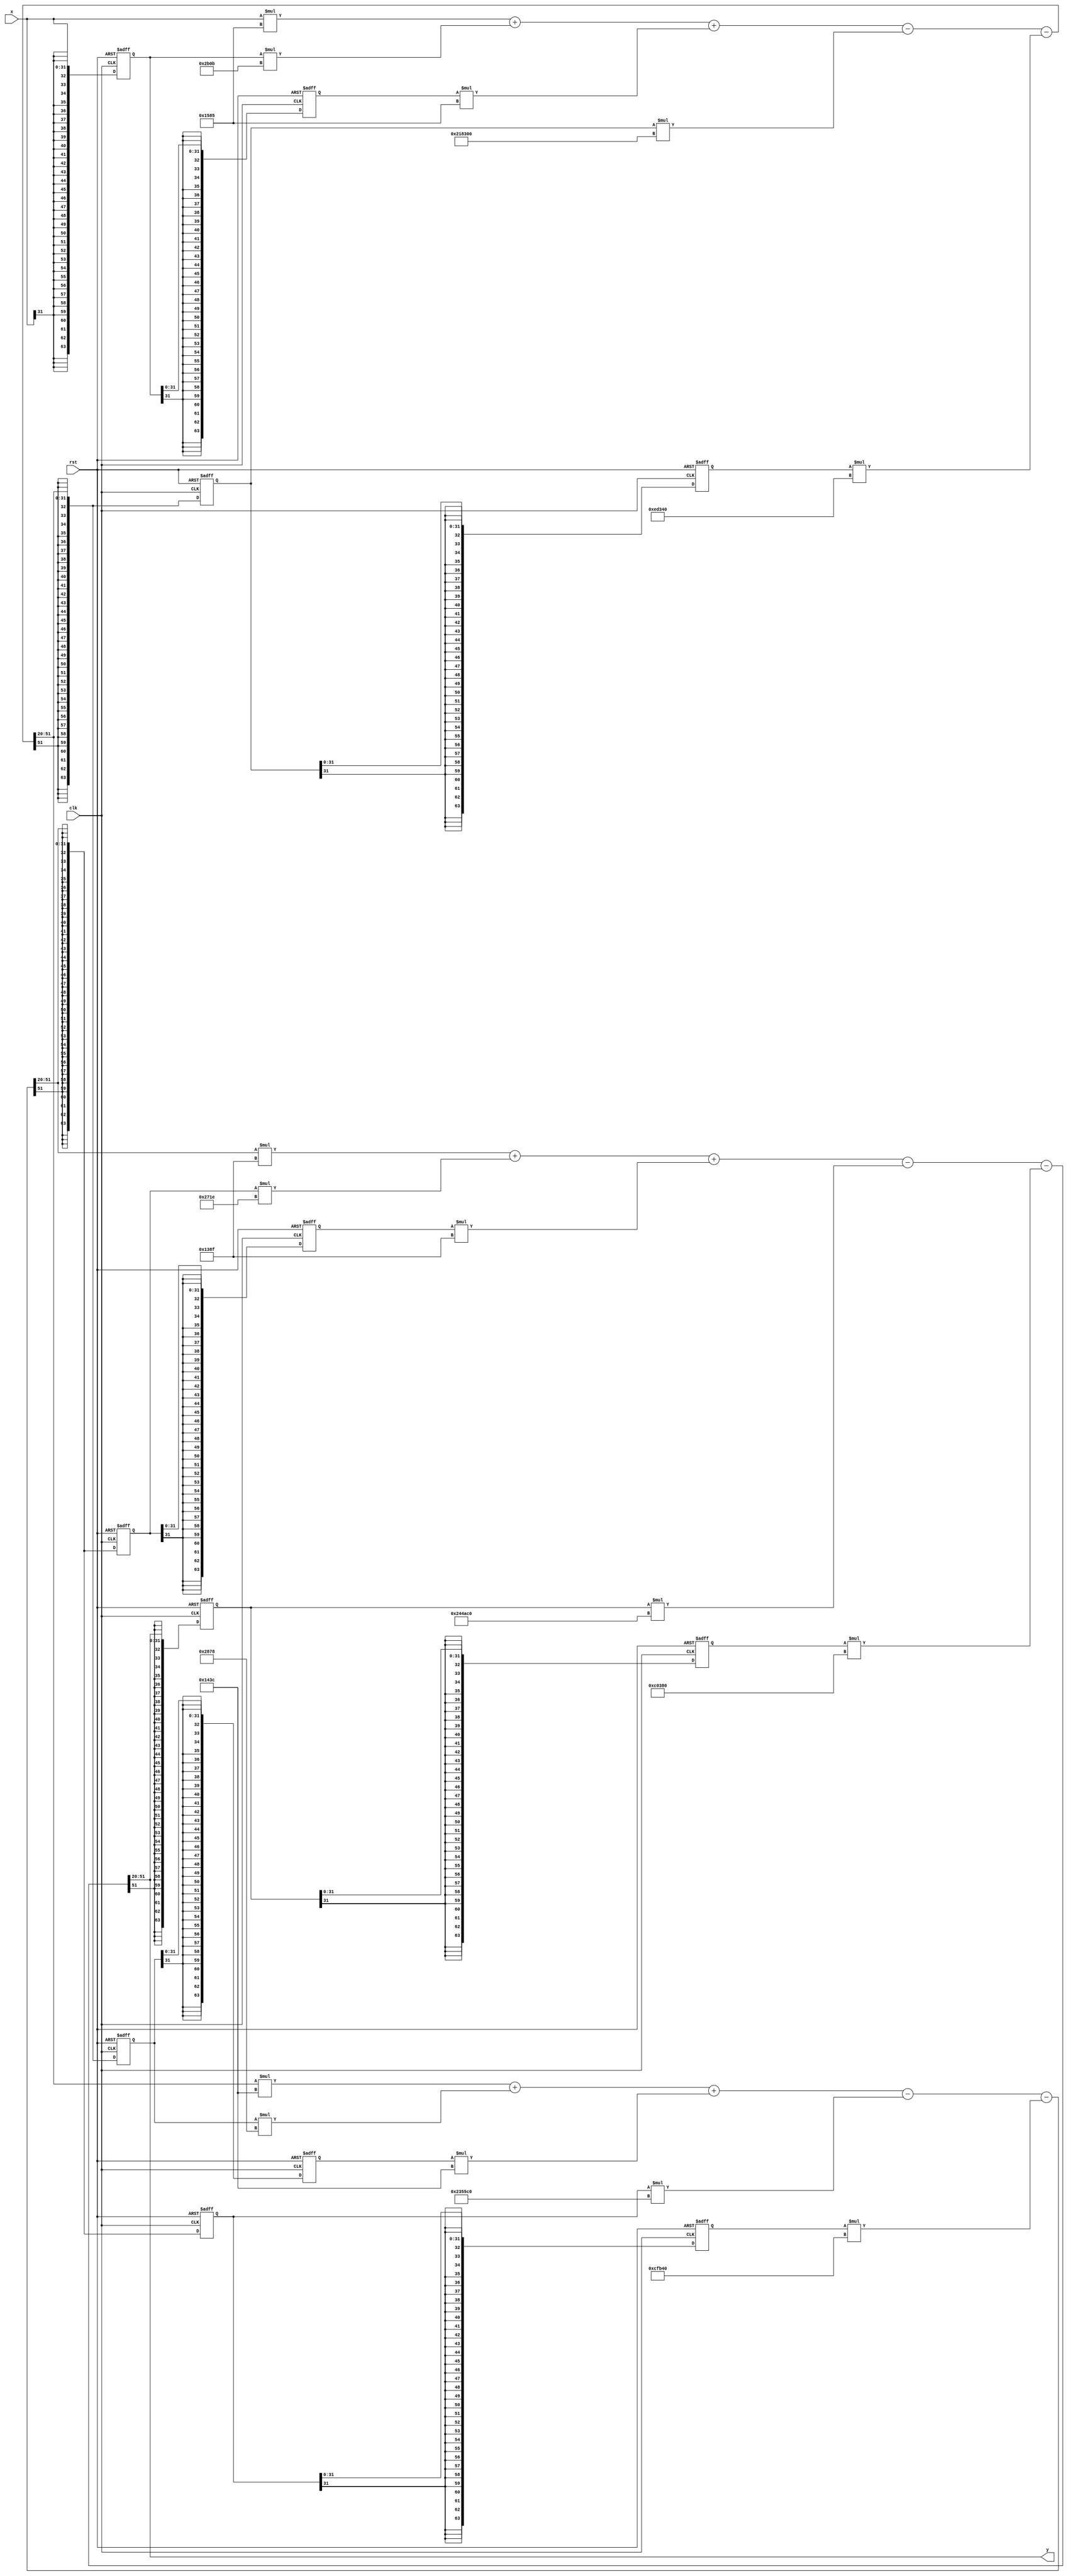
// Discrete-Time IIR Filter (lowpass - real)
// -------------------------------
//
// Developer: nderson I. Silva
// Repository: https://github.com/aignacio/iir_filter
//
// Parameters:
//
// Fs : 48000 Samples/s
// Fc : 1000 Hz
// Fs : 1500 Hz
// Apass: 1dB
// Astop: -15dB
// Filter Structure    : Direct-Form I, Second-Order Sections
// Architecture: Cascade
// Number of Sections  : 3
// Stable              : Yes
// Linear Phase        : No
// Arithmetic          : fixed
//
// Design Method Information
// Design Algorithm : butter
//
// Design Options
// Match Exactly : stopband
// Scale Norm    : no scaling
// SystemObject  : false
//
// Design Specifications
// Sample Rate     : N/A (normalized frequency)
// Response        : Lowpass
// Specification   : Fp,Fst,Ap,Ast
// Stopband Atten. : 15 dB
// Passband Ripple : 1 dB
// Stopband Edge   : 0.0625
// Passband Edge   : 0.041667
//
// Measurements
// Sample Rate      : N/A (normalized frequency)
// Passband Edge    : 0.041667
// 3-dB Point       : 0.047064
// 6-dB Point       : 0.051568
// Stopband Edge    : 0.0625
// Passband Ripple  : 0.89022 dB
// Stopband Atten.  : 14.9855 dB
// Transition Width : 0.020833
//
// Ex arc.:
// 3x --->  X -------b0---> + ------> + -----------> Y
//               |          |         |          |
//               Z1         |         |          Z1
//               |          |         |          |
//               ----b1-----|         |----a1-----
//               |          |         |          |
//               Z2         |         |          Z2
//               |          |         |          |
//               ----b3-----|         |----a2-----

module iir (
	input clk,
	input rst,
	input signed [31:0] x,
	output signed [31:0] y
);
  wire signed [31:0] s1_s2, s2_s3;

  reg signed [63:0] z1_a_s1, z2_a_s1,
  								  z1_b_s1, z2_b_s1;
  wire signed [31:0] z1_a_next_s1, z2_a_next_s1,
  								   z1_b_next_s1, z2_b_next_s1;
  wire signed [63:0] b_out_s1, a_out_s1;
  wire signed [31:0] a1_s1, a2_s1,
  					         b0_s1, b1_s1, b2_s1;

  reg signed [63:0] z1_a_s2, z2_a_s2,
                    z1_b_s2, z2_b_s2;
  wire signed [31:0] z1_a_next_s2, z2_a_next_s2,
                     z1_b_next_s2, z2_b_next_s2;
  wire signed [63:0] b_out_s2, a_out_s2;
  wire signed [31:0] a1_s2, a2_s2,
                     b0_s2, b1_s2, b2_s2;

  reg signed [63:0] z1_a_s3, z2_a_s3,
                    z1_b_s3, z2_b_s3;
  wire signed [31:0] z1_a_next_s3, z2_a_next_s3,
                     z1_b_next_s3, z2_b_next_s3;
  wire signed [63:0] b_out_s3, a_out_s3;
  wire signed [31:0] a1_s3, a2_s3,
                     b0_s3, b1_s3, b2_s3;

  assign z1_b_next_s1 = x;
  assign z2_b_next_s1 = z1_b_s1;
  assign z1_a_next_s1 = s1_s2;
  assign z2_a_next_s1 = z1_a_s1;
  assign b_out_s1 = x*b0_s1 + z1_b_s1*b1_s1 + z2_b_s1*b2_s1;
  assign a_out_s1 = b_out_s1 - z1_a_s1*a1_s1 - z2_a_s1*a2_s1;
  assign s1_s2 = a_out_s1 >> 20;

  assign z1_b_next_s2 = s1_s2;
  assign z2_b_next_s2 = z1_b_s2;
  assign z1_a_next_s2 = s2_s3;
  assign z2_a_next_s2 = z1_a_s2;
  assign b_out_s2 = s1_s2*b0_s2 + z1_b_s2*b1_s2 + z2_b_s2*b2_s2;
  assign a_out_s2 = b_out_s2 - z1_a_s2*a1_s2 - z2_a_s2*a2_s2;
  assign s2_s3 = a_out_s2 >> 20;

  assign z1_b_next_s3 = s2_s3;
  assign z2_b_next_s3 = z1_b_s3;
  assign z1_a_next_s3 = y;
  assign z2_a_next_s3 = z1_a_s3;
  assign b_out_s3 = s2_s3*b0_s3 + z1_b_s3*b1_s3 + z2_b_s3*b2_s3;
  assign a_out_s3 = b_out_s3 - z1_a_s3*a1_s3 - z2_a_s3*a2_s3;
  assign y = a_out_s3 >> 20;

  // Q20 Format Coed = Floating Point * 2^20
  // -------------- SECTION 1 --------------
	assign b0_s1 = 5509;
	assign b1_s1 = 11019;
	assign b2_s1 = 5509;
	assign a1_s1 = -1998080;
	assign a2_s1 = 971584;
  // -------------- SECTION 2 --------------
  assign b0_s2 = 5180;
  assign b1_s2 = 10360;
  assign b2_s2 = 5180;
  assign a1_s2 = -1878592;
  assign a2_s2 = 850752;
  // -------------- SECTION 3 --------------
  assign b0_s3 = 5007;
  assign b1_s3 = 10014;
  assign b2_s3 = 5007;
  assign a1_s3 = -1815872;
  assign a2_s3 = 787328;

	always @ (posedge clk or negedge rst) begin
		if (rst == 1'b0) begin
			z1_a_s1 <= 32'd0;
			z2_a_s1 <= 32'd0;
			z1_b_s1 <= 32'd0;
			z2_b_s1 <= 32'd0;

      z1_a_s2 <= 32'd0;
      z2_a_s2 <= 32'd0;
      z1_b_s2 <= 32'd0;
      z2_b_s2 <= 32'd0;

      z1_a_s3 <= 32'd0;
      z2_a_s3 <= 32'd0;
      z1_b_s3 <= 32'd0;
      z2_b_s3 <= 32'd0;
		end else begin
			z1_a_s1 <= z1_a_next_s1;
			z2_a_s1 <= z2_a_next_s1;
			z1_b_s1 <= z1_b_next_s1;
			z2_b_s1 <= z2_b_next_s1;

      z1_a_s2 <= z1_a_next_s2;
      z2_a_s2 <= z2_a_next_s2;
      z1_b_s2 <= z1_b_next_s2;
      z2_b_s2 <= z2_b_next_s2;

      z1_a_s3 <= z1_a_next_s3;
      z2_a_s3 <= z2_a_next_s3;
      z1_b_s3 <= z1_b_next_s3;
      z2_b_s3 <= z2_b_next_s3;
		end
	end
endmodule